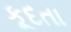
કૂદતા